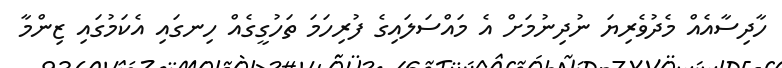
ހާދިސާއެއް މެދުވެރިޔަ ނުދިނުމަށް އެ މައްސަލައިގެ ފުރިހަމަ ތަހުގީގެއް ހިނގައި އެކަމުގައި ޒިންމާ